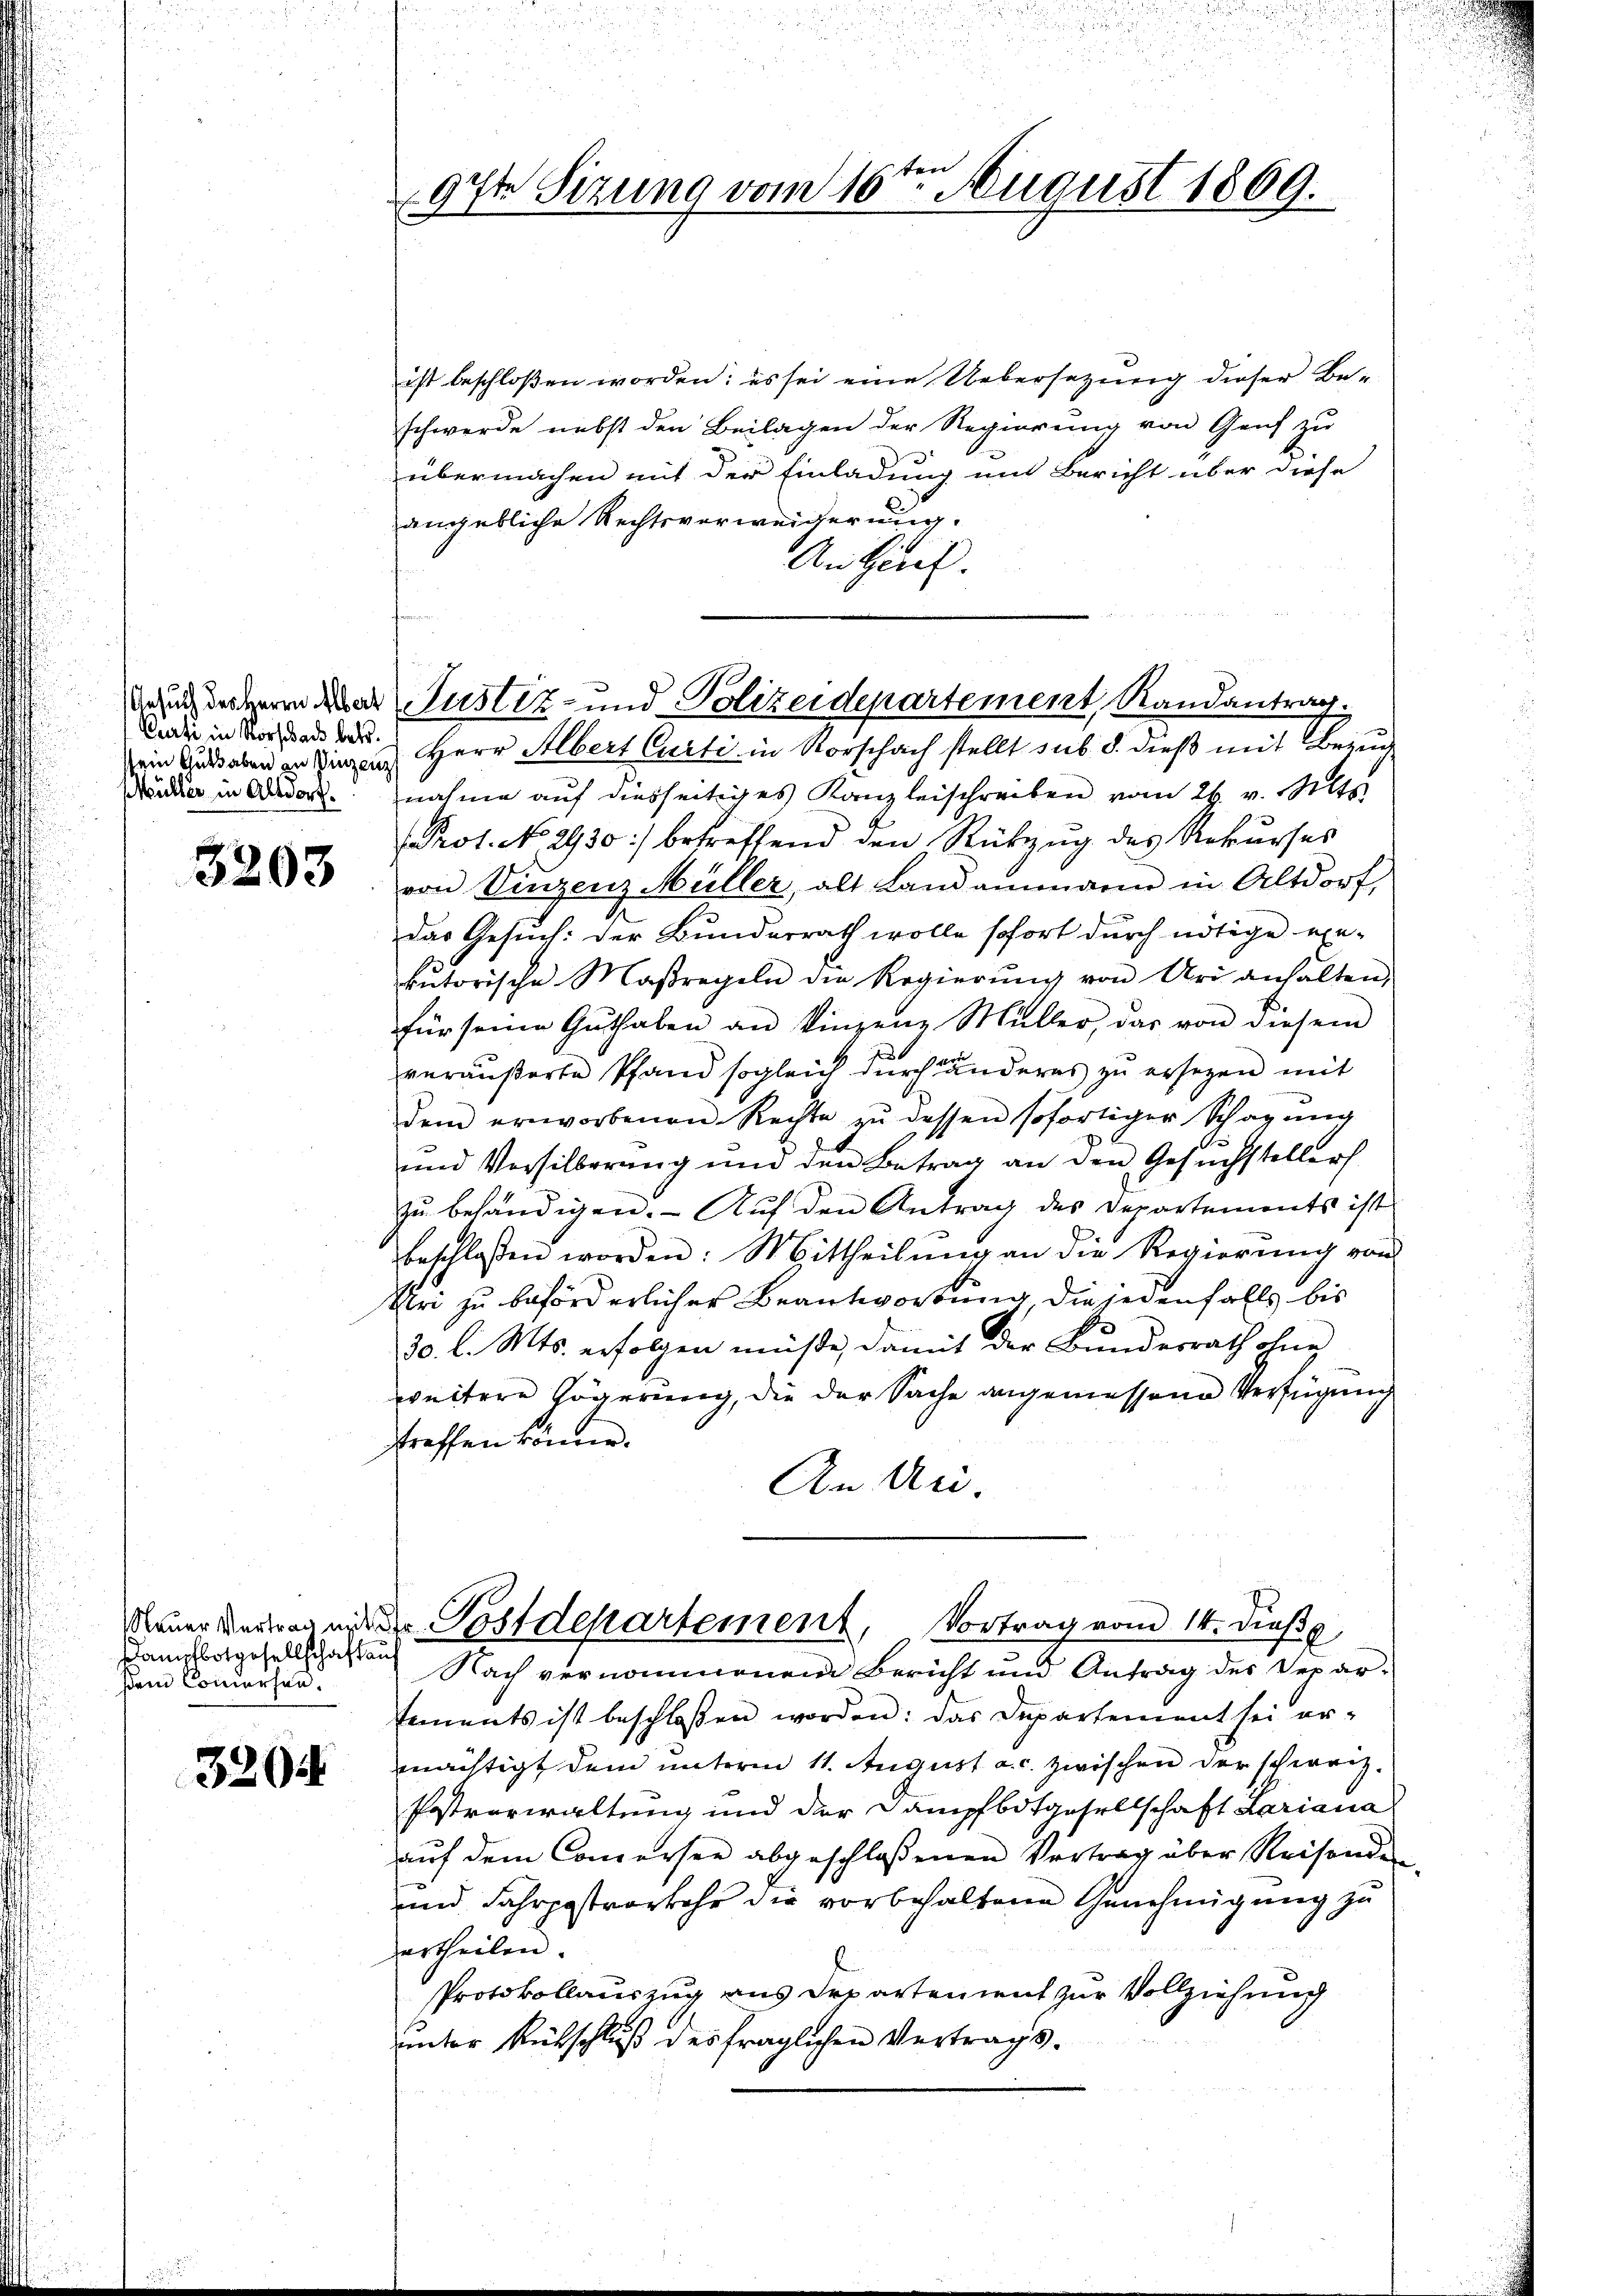
Curti in Vorschade betr.
Müller in Altdorf.

3203

Kampfbotgesellschaft auf
sein Commerhan¬

3204

97t Sizung vom 16ten August 1869.

ist beschloßen worden; es sei eine Uebersetzung dieser Beschwerde nebst den Beilagen der Regierung von Genf zu
übermachen mit der Einladung mit Bericht über diese
angebliche Rechtsverweigerung.
An Hch.
em Guthaben an singen Herr Albert Curti in Vorschach stellt sub. d. dieß mit Brie
nahme auf diesseitiges Kanzleischreiben vom 26. v. Mts.
Prot. No 2930) betreffend den Rükzŭg des Rekŭrses
von Vinzenz Müller, alt Landammann in Altdorf,
Das Gesuch: der Bunderrath wolle sofort durch nötige ein-
kŭtorische Maßregeln die Regierŭng von Uri anhalten,
für seine Guthaben an Vinzene Müller, das von diesem
veräußerte Pfand sogleich durch änderes zu ersetzen mit
dem erworbenen Rechte zŭ dessen sofortiger Schagŭng
und Versilberung und den Betrag an den Gesŭchsteller
zŭ behändigen. Aŭf den Antrag des Departements ist
beschlossen worden: Mittheilung an die Regierung von
Tri zu beförderlicher Beantwortung, die jedenfalls bis
30. l. Mts. erfolgen müße, damit der Bundesrath ohne
weitere Zögerung, die der Sache angemessene Verfügung
treffen könne.
An An-
dauer verren und der Postdepartement, Vortrag vom 14. dieß,
Nach vernommenem Bericht und Antrag des Depar-
sements ist beschloßen worden: das Departement sei er-
mächtigt dem unterm 11. August a.c. zwischen der schweiz.
Postverwaltung und der Dampfbotgeselschaft Lariana
auf dem Concursee abgeschlossenen Vertrag über Reisende
und Fahrpostverkehr die vorbehaltene Genehmigung zu
urtheilen.
Protokollauszug aus Departement zur Vollziehung
unter Rückschluß des fraglichen Vertrags.

u

daureren der Justiz- und Polizeidepartement, Randantrag.

.
.